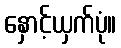
နှောင့်ယှက်ပုံ။